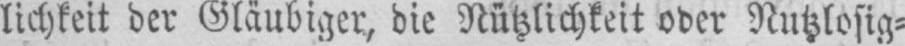
lichkeit der Gläubiger, die Nützlichkeit oder Nutzlosig⸗